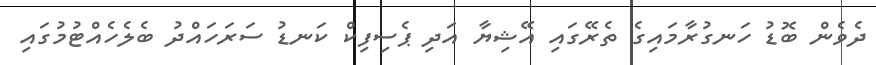
ދެވެން ބޮޑު ހަނގުރާމައިގެ ތެރޭގައި އޭޝިޔާ އަދި ޕެސިފިކް ކަނޑު ސަރަހައްދު ބެލެހެއްޓުމުގައި